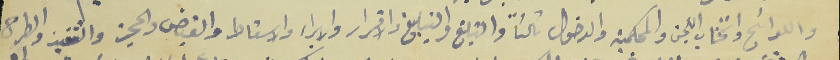
واللوائح وانتخاب اللجن والمحكمية والدخول تالتاً والتبلغ والتبليغ والاقرار والابراء والاسقاط والقبض والحجز والتنفيذ والطرح